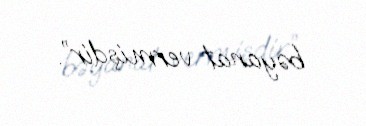
bəyanat vermişdir”.